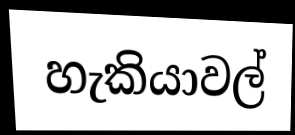
හැකියාවල්